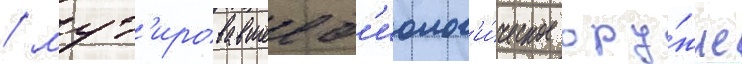
/ мут'ировавшее б'иолог'и́ческое ору́жие